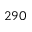
2 9 0